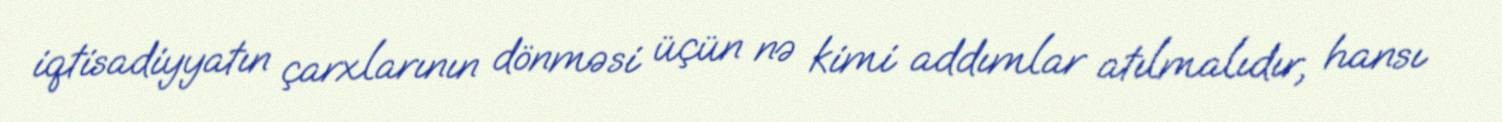
iqtisadiyyatın çarxlarının dönməsi üçün nə kimi addımlar atılmalıdır, hansı